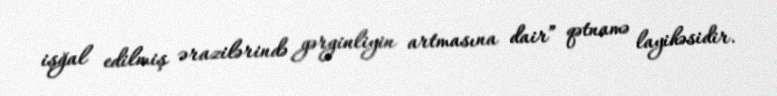
işğal edilmiş ərazilərində gərginliyin artmasına dair” qətnamə layihəsidir.